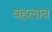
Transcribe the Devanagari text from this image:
वहलाव